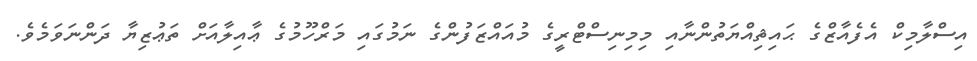
އިސްލާމިކް އެފެއާޒްގެ ޙައިޘިއްޔަތުންނާއި މިމިނިސްޓްރީގެ މުއައްޒަފުންގެ ނަމުގައި މަރްހޫމުގެ ޢާއިލާއަށް ތަޢުޒިޔާ ދަންނަވަމެވެ.